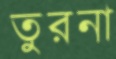
তুরনা